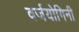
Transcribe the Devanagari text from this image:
वर्जयोगिनी